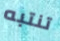
تنتبه